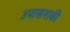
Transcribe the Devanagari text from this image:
उपासनाकी